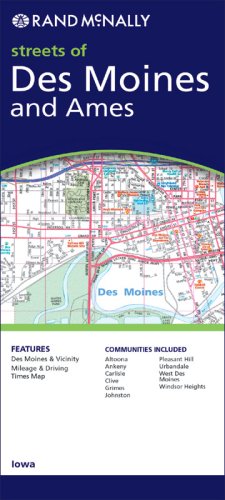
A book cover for Rand McNally Streets of Des Moines and Ames; Rand Mcnally; Travel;